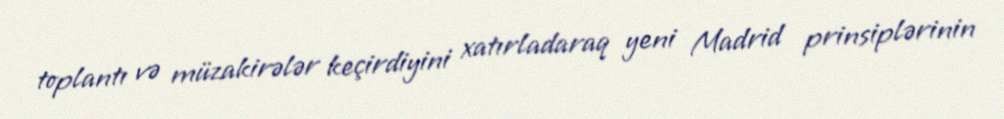
toplantı və müzakirələr keçirdiyini xatırladaraq yeni Madrid prinsiplərinin